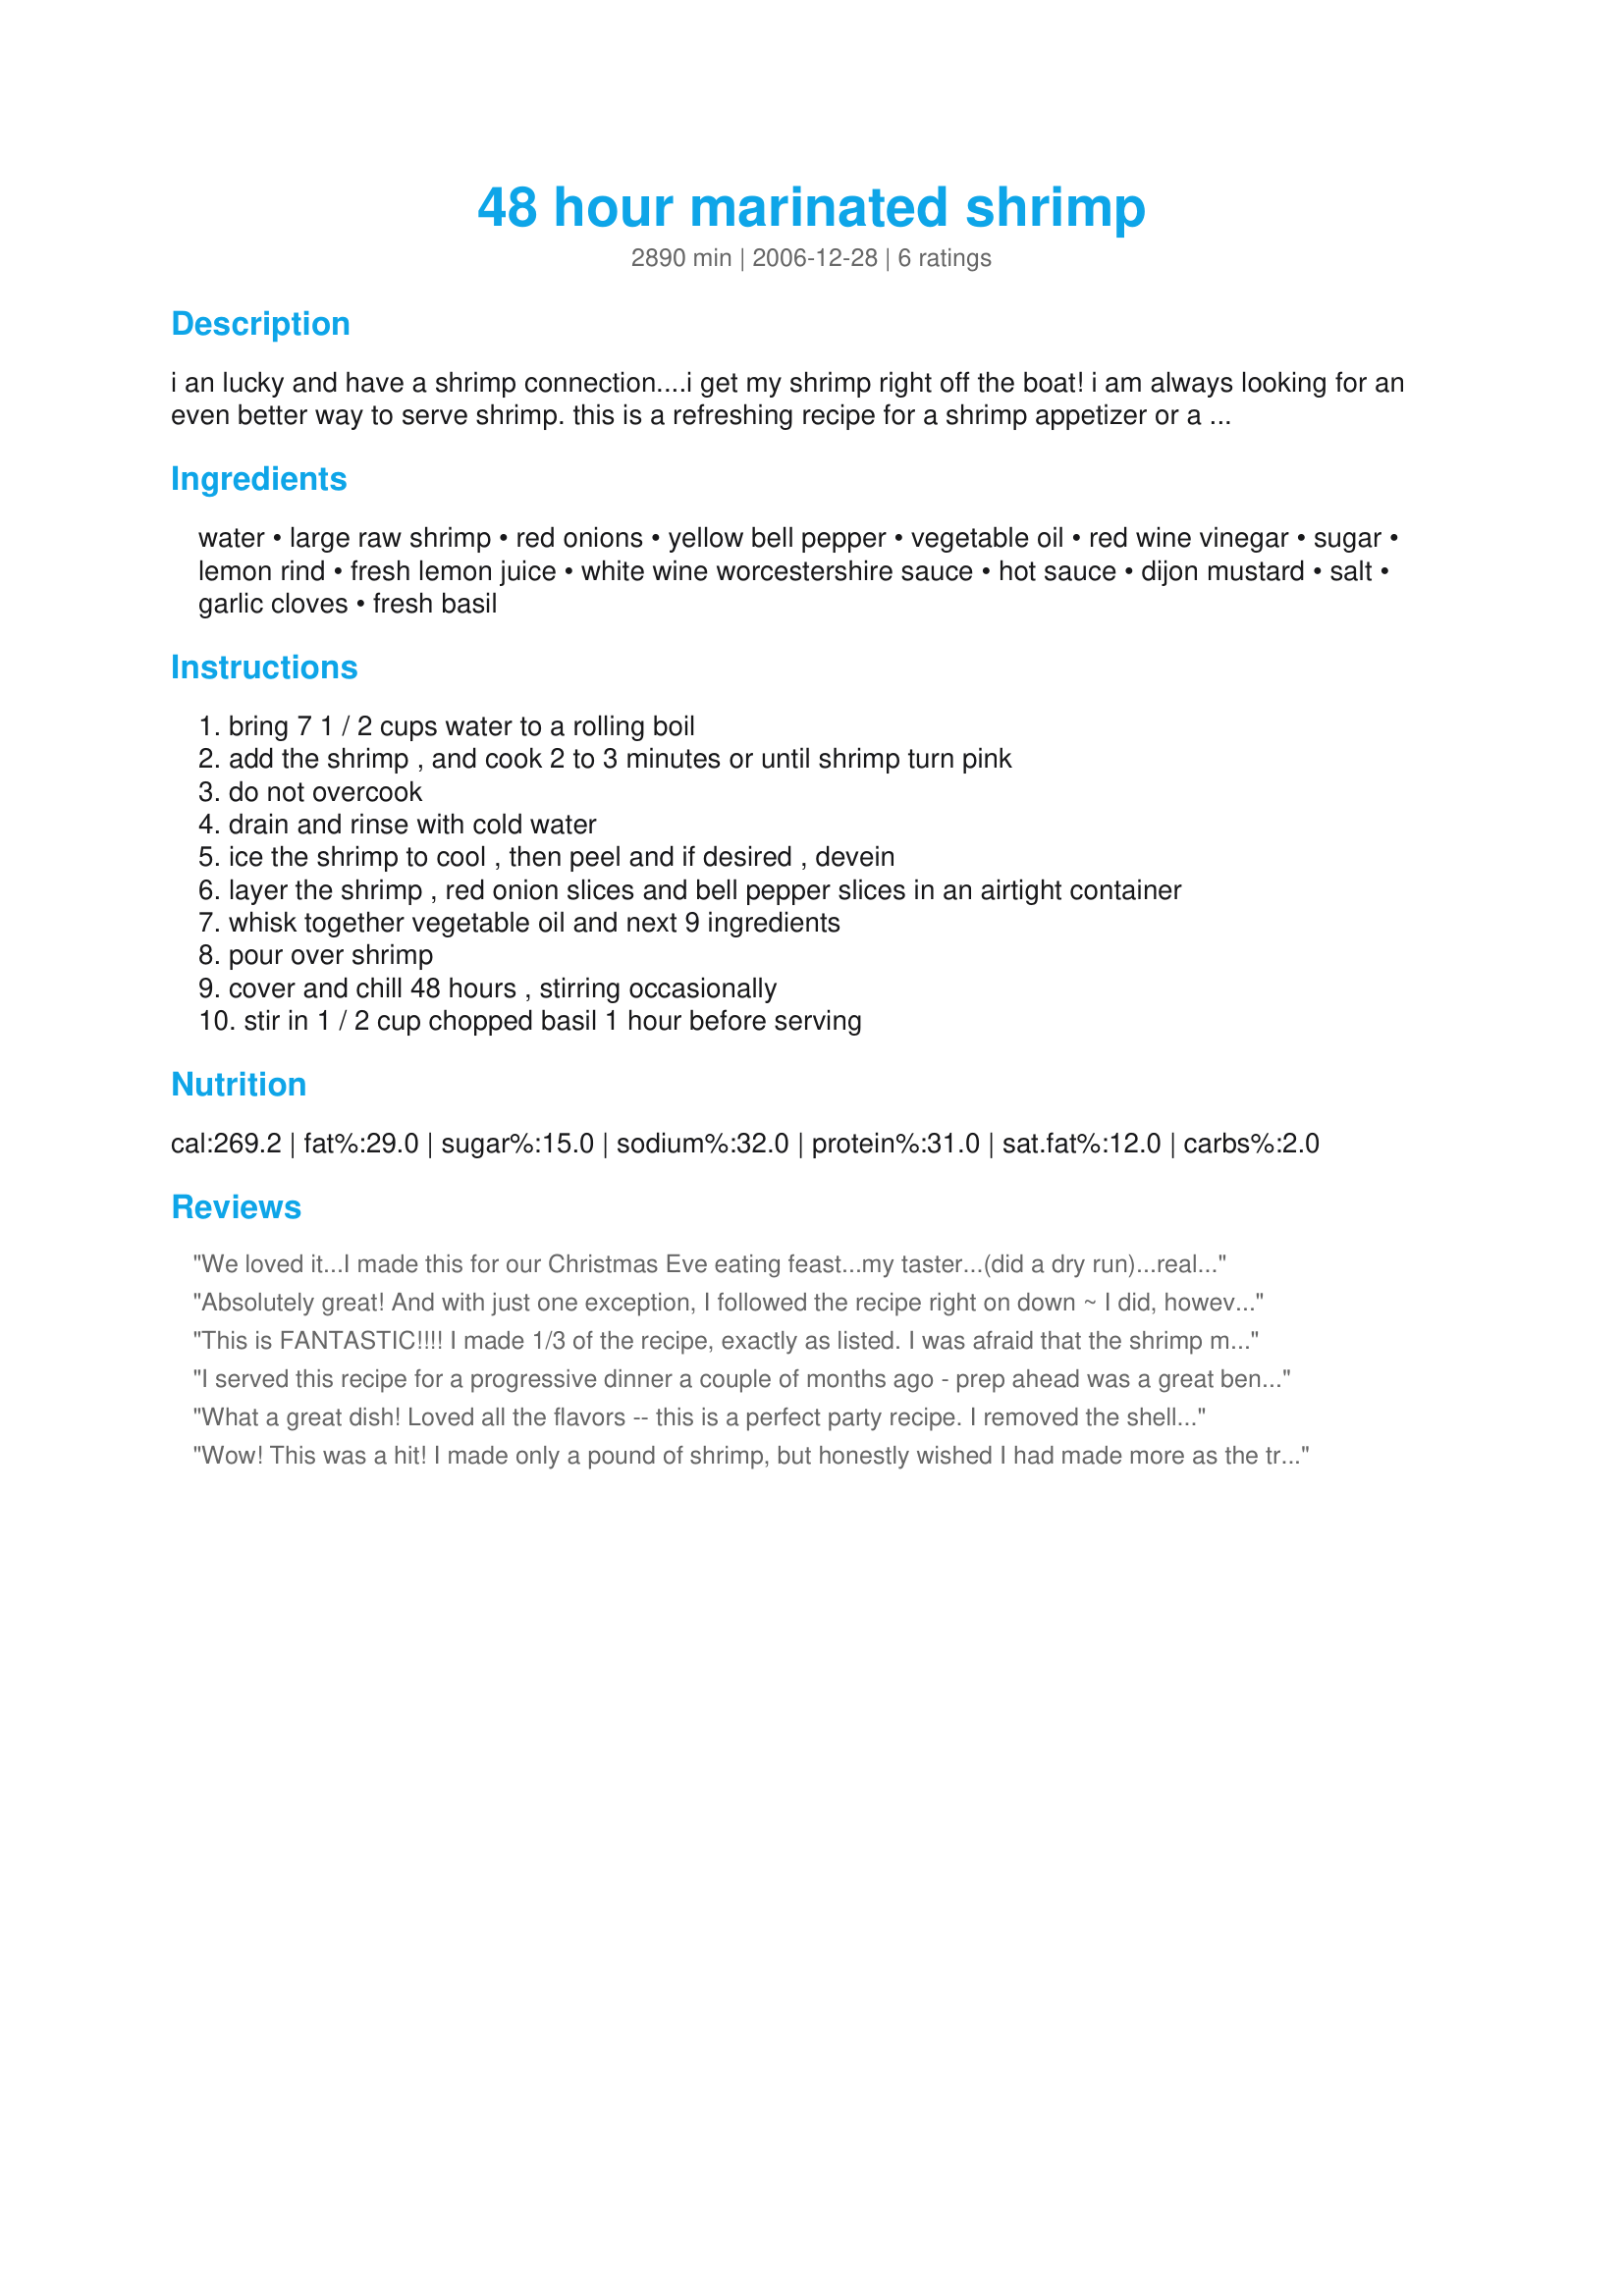
48 hour marinated shrimp
Preparation time: 2890 minutes

i an lucky and have a shrimp connection....i get my shrimp right off the boat! i am always looking for an even better way to serve shrimp. this is a refreshing recipe for a shrimp appetizer or a summer salad. marinate for the full 48 hours for the best taste. great to use at a party, because the shrimp are already peeled....no need to clean up all those shells!

Ingredients:
water, large raw shrimp, red onions, yellow bell pepper, vegetable oil, red wine vinegar, sugar, lemon rind, fresh lemon juice, white wine worcestershire sauce, hot sauce, dijon mustard, salt, garlic cloves, fresh basil

Steps:
bring 7 1 / 2 cups water to a rolling boil
add the shrimp , and cook 2 to 3 minutes or until shrimp turn pink
do not overcook
drain and rinse with cold water
ice the shrimp to cool , then peel and if desired , devein
layer the shrimp , red onion slices and bell pepper slices in an airtight container
whisk together vegetable oil and next 9 ingredients
pour over shrimp
cover and chill 48 hours , stirring occasionally
stir in 1 / 2 cup chopped basil 1 hour before serving

Reviews:
We loved it...I made this for our Christmas Eve eating feast...my taster...(did a dry run)...really enjoyed the sweet and tangy flavors...I omitted the lemon zest only because I didn't have a lemon so just used jarred juice...I had those little peppers so used orange, yellow and red...made a wonderful...thanks for posting...:)
Absolutely great! And with just one exception, I followed the recipe right on down ~ I did, however, cut back on the hot sauce, using just 2 teaspoons of the stuff! We really enjoyed the lemon-&-garlic flavor! Will be making this recipe again, for sure! Thanks for sharing it! [Made & reviewed in Bargain Basement recipe tag]
This is FANTASTIC!!!! I made 1/3 of the recipe, exactly as listed. I was afraid that the shrimp might be tough or "grainy" from sitting in this marinade for 2 days but it's just a great texture. The flavour of this is complex, the sweet and savoury flavours balancing just perfectly. I did add fresh basil and it was the perfect finishing touch! Made for Think Pink 2012. Thanks breezermom! :)
I served this recipe for a progressive dinner a couple of months ago - prep ahead was a great benefit. People raved about it, and this is in Savannah where people know good shrimp. I used lime instead of lemon, otherwise I followed the recipe as written. Tip: white whine worcestershire sauce is now sold as Lea and Perrins marinade for chicken. We had some peel and eat shrimp last night and I bought too much, so I peeled the rest and made a bit of this salad.
What a great dish! Loved all the flavors -- this is a perfect party recipe. I removed the shells on the shrimp and marinated less time than the recommended 48 hours. I couldn't find white wine worchestershire sauce in the grocery, but later found another reviewer's tip as to which product to buy. Can't wait to make this dish again and believe me, there will plenty of next times. Made for Everyday is a Holiday.
Wow! This was a hit! I made only a pound of shrimp, but honestly wished I had made more as the tray was emptied quickly. Like others I worried about the long marinating time, but the shrimp wasn't mushy at all even though I peeled the shrimp. The recipe is a keeper and catches the eye on a buffet table. Thank you for sharing the recipe!
